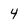
Character: 4